Report of an investigation into the causes of malaria in Bombay and the measures necessary for its control
Disease focus: Malaria
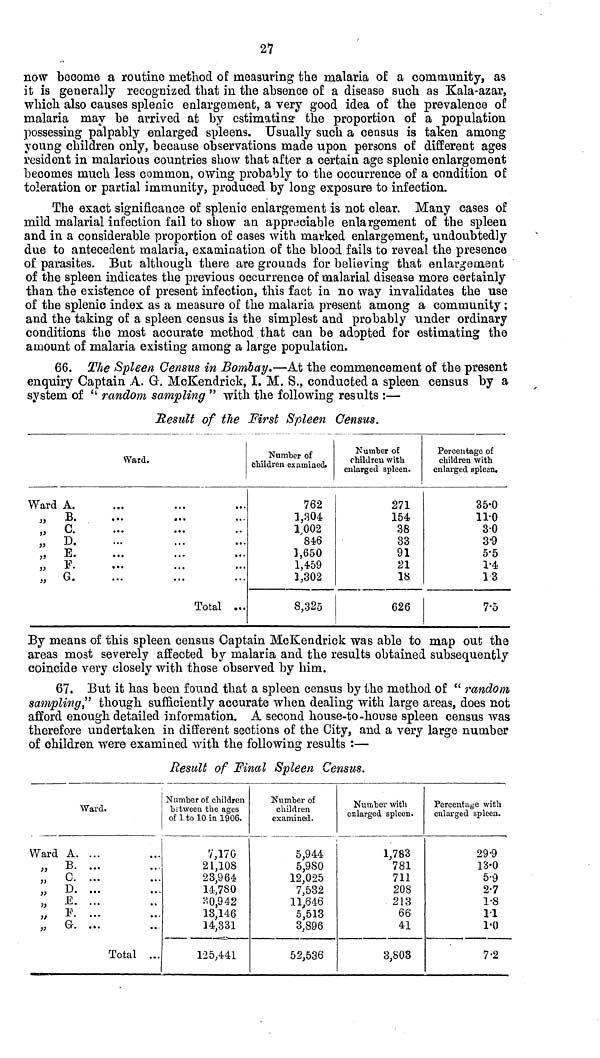
27
now become a routine method of measuring the malaria of a community, as
it is generally recognized that in the absence of a disease such as Kala-azar,
which also causes splenic enlargement, a very good idea of the prevalence of
malaria may be arrived at by estimating the proportion of a population
possessing palpably enlarged spleens. Usually such a census is taken among
young children only, because observations made upon persons of different ages
resident in malarious countries show that after a certain age splenic enlargement
becomes much less common, owing probably to the occurrence of a condition of
toleration or partial immunity, produced by long exposure to infection.
The exact significance of splenic enlargement is not clear. Many cases of
mild malarial infection fail to show an appreciable enlargement of the spleen
and in a considerable proportion of cases with marked enlargement, undoubtedly
due to antecedent malaria, examination of the blood fails to reveal the presence
of parasites. But although there are grounds for believing that enlargement
of the spleen indicates the previous occurrence of malarial disease more certainly
than the existence of present infection, this fact in no way invalidates the use
of the splenic index as a measure of the malaria present among a community ;
and the taking of a spleen census is the simplest and probably under ordinary
conditions the most accurate method that can be adopted for estimating the
amount of malaria existing among a large population.
66. The Spleen Census in Bombay.—At the commencement of the present
enquiry Captain A. G. McKendrick, I. M. S., conducted a spleen census by a
system of " random sampling " with the following results :—
Result of the First Spleen Census.
Ward.
Ward A.
„ B.
„ C.
D.
...
E
F
„ G.
Total ...
Number of
Children examined.
762
1,304
1,002
846
1,650
1,459
1,302
8,325
Number of
children with
enlarged spleen.
271
154
38
33
91
21
18
626
Percentage of
children with
enlarged spleen.
35.0
110
3.0
3.9
5.5
1.4
13
7.5
By means of this spleen census Captain McKendrick was able to map out the
areas most severely affected by malaria and the results obtained subsequently
coincide very closely with those observed by him.
67. But it has been found that a spleen census by the method of " random
sampling" though sufficiently accurate when dealing with large areas, does not
afford enough detailed information. A second house-to-house spleen census was
therefore undertaken in different sections of the City, and a very large number
of children were examined with the following results :—
Result of Final Spleen Census.
Ward.
Ward A. ...
„ B. ...
„
C. ...
„
D. ...
E
„ F. ...
„
G.. ...
Total ...
Number of children
between the ages
of 1 to 10 in 1906.
7,170
21,108
23,964
14,730
30,942
13,146
14,331
125,441
Number of
children
examined.
5,944
5,980
12,025
7,532
11,646
5,513
3,896
52,536
Number with
enlarged spleen.
1,783
781
711
208
213
66
41
3,803
Percentage with
enlarged spleen.
29.9
13.0
5.9
2.7
1.8
11
1.0
7.2